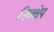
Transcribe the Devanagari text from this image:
निक्क्षेप